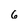
Character: 6